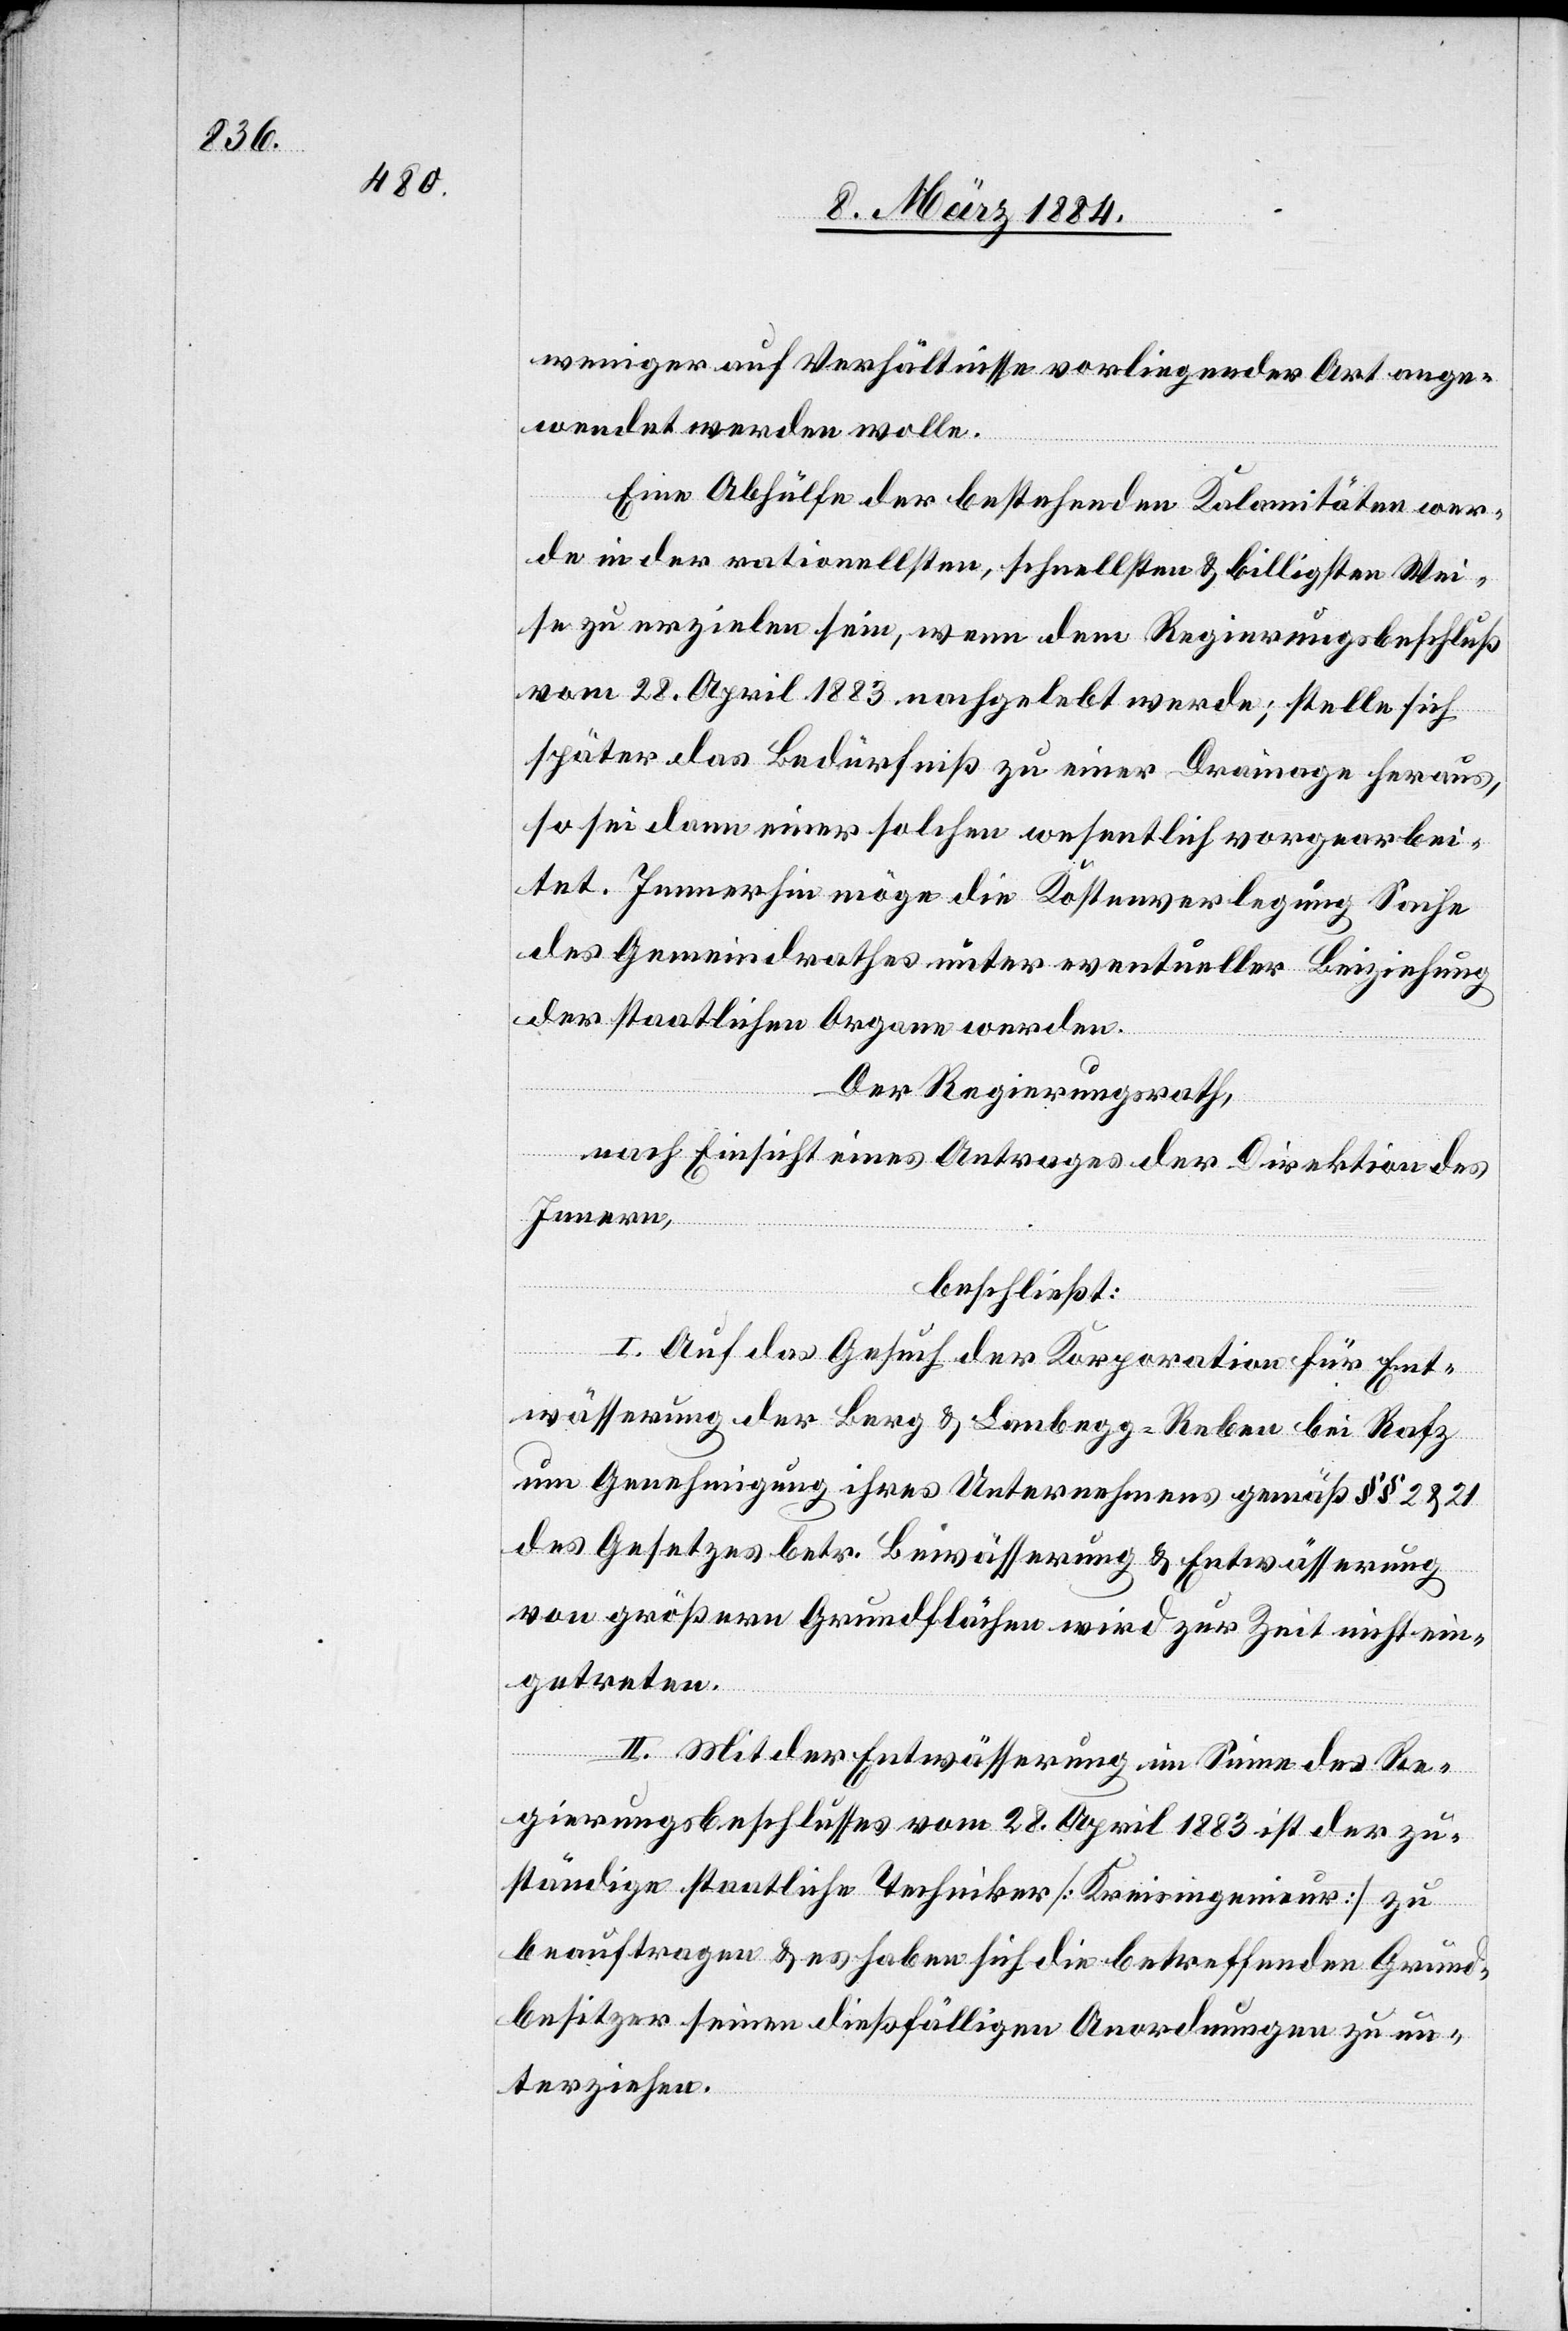
weniger auf Verhältnisse vorliegender Art ange¬
wendet werden wolle.
Eine Abhülfe der bestehenden Kalamitäten wer¬
de in der rationellsten, schnellsten & billigsten Wei¬
se zu erzielen sein, wenn dem Regierungsbeschluß
vom 28. April 1883 nachgelebt werde; stelle sich
später das Bedürfniß zu einer Drainage heraus,
so sei dann einer solchen wesentlich vorgearbei¬
tet. Immerhin möge die Kostenverlegung Sache
des Gemeindrathes unter eventueller Beiziehung
der staatlichen Organe werden.
Der Regierungsrath,
nach Einsicht eines Antrages der Direktion des
Innern,
beschließt:
I. Auf das Gesuch der Korporation für Ent¬
wässerung der Berg- & Laubegg-Reben bei Rafz
um Genehmigung ihres Unternehmens gemäß §§ 2 & 21
des Gesetzes betr. Bewässerung & Entwässerung
von größeren Grundflächen wird zur Zeit nicht ein¬
getreten.
II. Mit der Entwässerung im Sinne des Re¬
gierungsbeschlusses vom 18. April 1883, ist der zu¬
ständige staatliche Techniker [Kreisingenieur] zu
beauftragen & es haben sich die betreffenden Grund¬
besitzer seinen dießfälligen Anordnungen zu un¬
terziehen.